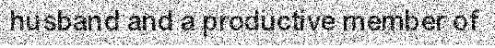
husband and a productive member of